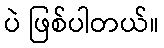
ပဲ ဖြစ်ပါတယ်။